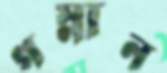
গস্নান